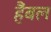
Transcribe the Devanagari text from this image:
हैंबल